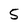
Character: 5